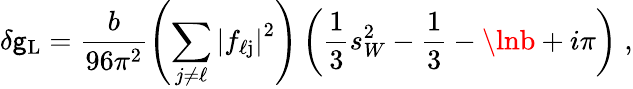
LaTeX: \delta\mathsf{g}_{\mathrm{L}}=\frac{{b}}{{96\pi^{2}}}\left(\sum_{j\neq\ell}\left|f_{\ell\mathrm{j}}\right|^{2}\right)\left(\frac{{1}}{{3}}s_{W}^{2}-\frac{{1}}{{3}}-\lnb+i\pi\right)\; ,